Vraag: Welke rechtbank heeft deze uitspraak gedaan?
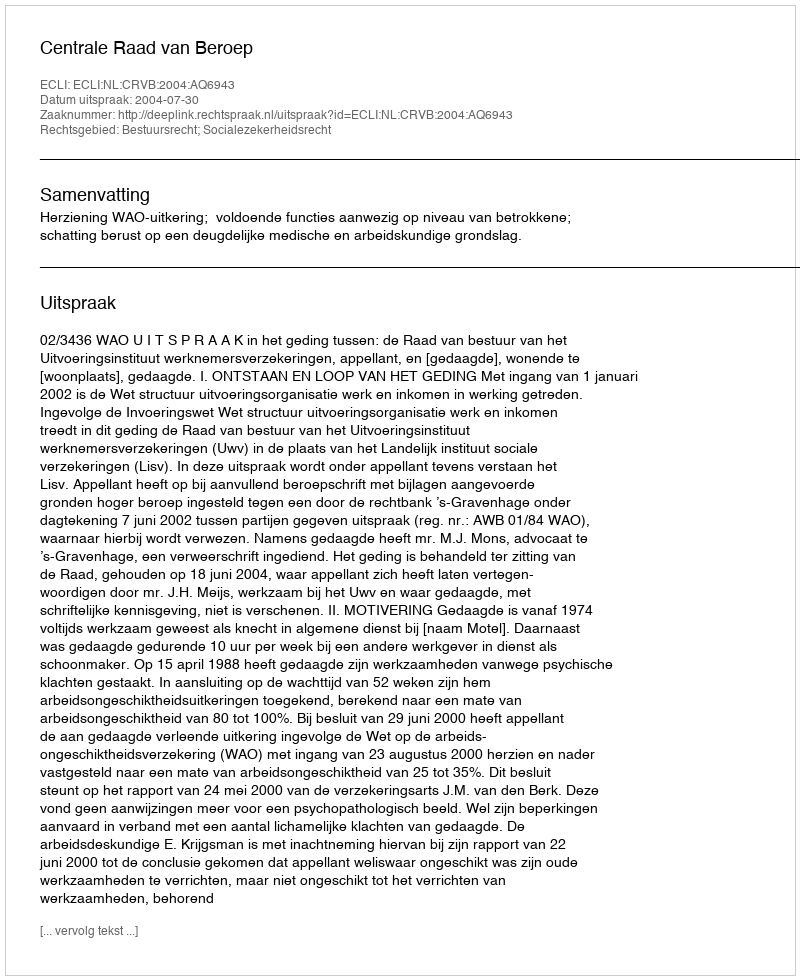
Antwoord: Centrale Raad van Beroep